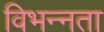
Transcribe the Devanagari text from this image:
विभन्नता